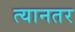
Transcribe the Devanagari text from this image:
त्यानतर